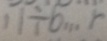
1 1 \div 6 \cdots r